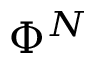
\Phi ^ { N }